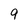
Character: 9